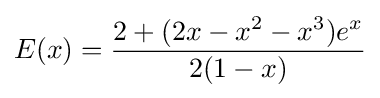
E(x)={\frac {2+(2x-x^{2}-x^{3})e^{x}}{2(1-x)}}